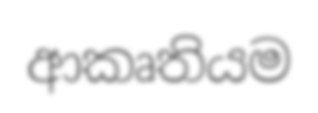
ආකෘතියම